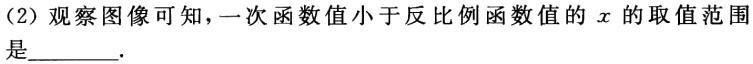
（2）观察图像可知，一次函数值小于反比例函数值的\(x\)的取值范围是________.